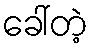
ခေါ်တဲ့